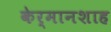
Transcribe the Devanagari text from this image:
केर्मानशाह